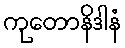
ကုတောနိဒါနံ